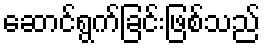
ဆောင်ရွက်ခြင်းဖြစ်သည်